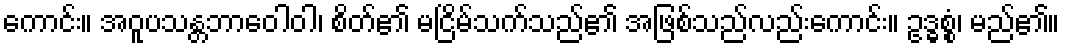
ကောင်း။ အဝူပသန္တဘာဝေါဝါ၊ စိတ်၏ မငြိမ်သက်သည်၏ အဖြစ်သည်လည်းကောင်း။ ဥဒ္ဓစ္စံ၊ မည်၏။